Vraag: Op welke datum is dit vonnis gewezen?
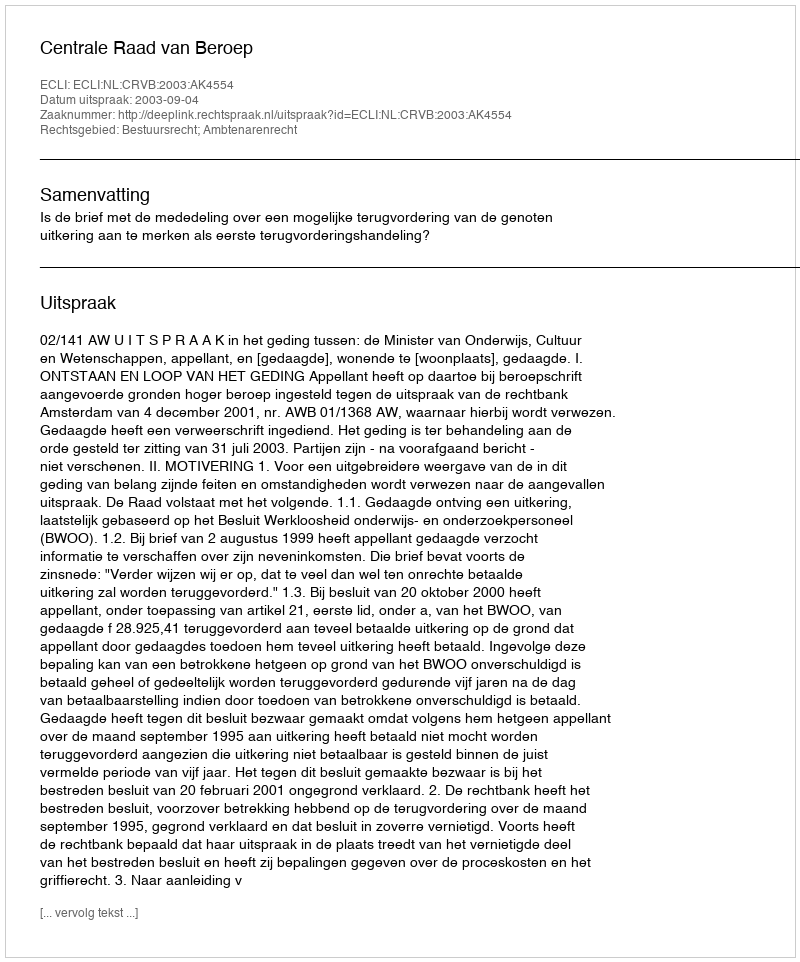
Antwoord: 2003-09-04